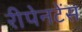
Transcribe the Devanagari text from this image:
रीपेनटेंस